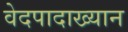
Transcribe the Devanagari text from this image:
वेदपादाख्यान